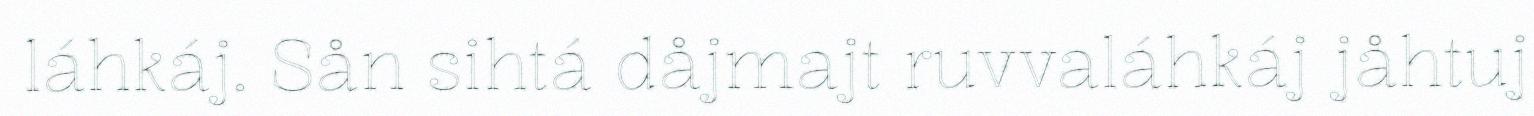
láhkáj. Sån sihtá dåjmajt ruvvaláhkáj jåhtuj